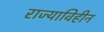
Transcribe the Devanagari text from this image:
राज्याविहीन